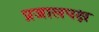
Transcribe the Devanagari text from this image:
प्रजालपक्ष